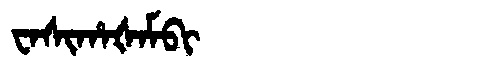
Manchu: ᠸᠠᠰᡳᡥᠠᡧᠠᠮᠪᡳ
Romanization: WASIHAŠAMBI